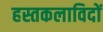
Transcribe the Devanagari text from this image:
हस्तकलाविदों